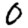
Digit: 0